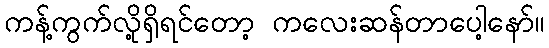
ကန့်ကွက်လို့ရှိရင်တော့ ကလေးဆန်တာပေါ့နော်။